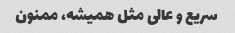
سریع و عالی مثل همیشه، ممنون